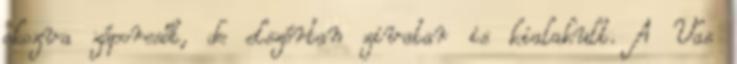
okozva záporesőt, de elszórtan zivatar is kialakult. A Vas